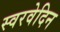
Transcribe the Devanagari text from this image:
स्वरवेदिन